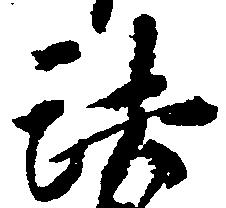
法